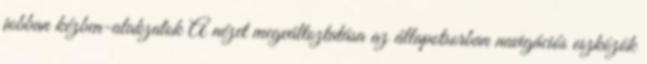
jobban kézben-alakzatok A nézet megváltoztatása az állapotsorban navigációs eszközök